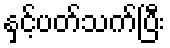
နှင့်ပတ်သက်ပြီး